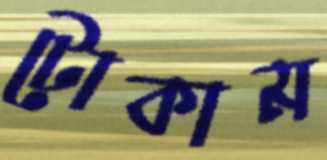
টোকাম